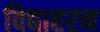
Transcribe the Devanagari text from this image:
विद्याहरन